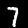
Digit: 7